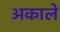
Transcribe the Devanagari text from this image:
अकाले